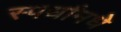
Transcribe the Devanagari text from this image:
स्पर्धांमधे